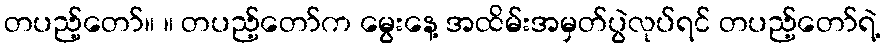
တပည့်တော်။ ။ တပည့်တော်က မွေးနေ့ အထိမ်းအမှတ်ပွဲလုပ်ရင် တပည့်တော်ရဲ့